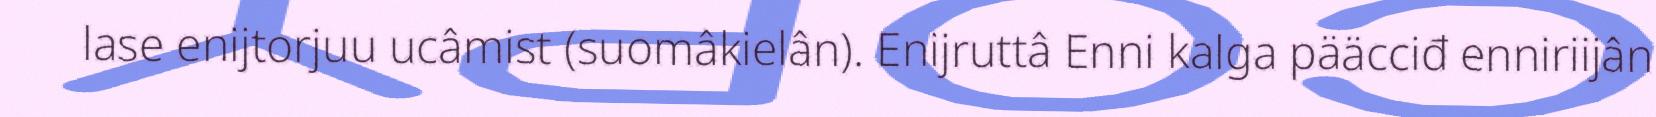
lase enijtorjuu ucâmist (suomâkielân). Enijruttâ Enni kalga pääcciđ enniriijân